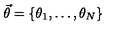
\vec { \theta } = \{ \theta _ { 1 } , \ldots , \theta _ { N } \}